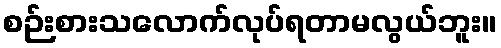
စဉ်းစားသလောက်လုပ်ရတာမလွယ်ဘူး။